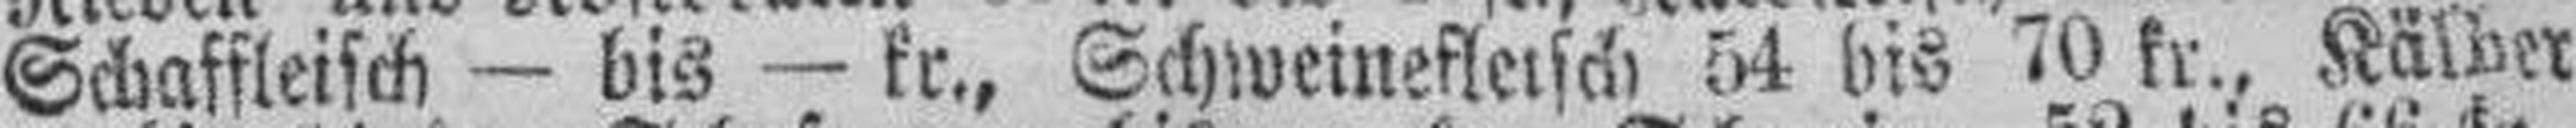
Schaffleisch — bis — kr., Schweinefleisch 54 bis 70 kr., Kälber